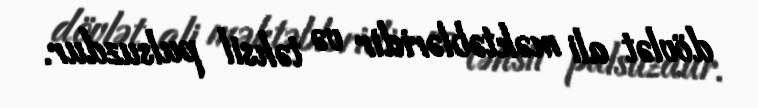
dövlət ali məktəbləridir və təhsil pulsuzdur.